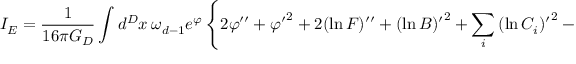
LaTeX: I _ { E } = { \frac { 1 } { 1 6 \pi G _ { D } } } \int d ^ { D } x \ \omega _ { d - 1 } e ^ { \varphi } \left\{ 2 \varphi ^ { \prime \prime } + { \varphi ^ { \prime } } ^ { 2 } + 2 ( \ln F ) ^ { \prime \prime } + { ( \ln B ) ^ { \prime } } ^ { 2 } + \sum _ { i } { ( \ln C _ { i } ) ^ { \prime } } ^ { 2 } - { ( \ln F ) ^ { \prime } } ^ { 2 } \right.